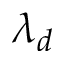
\lambda _ { d }